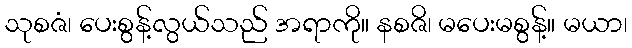
သုစဇံ၊ ပေးစွန့်လွယ်သည် အရာကို။ နစဇိ၊ မပေးမစွန့်။ မယာ၊